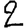
Digit: 2